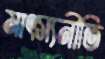
মাৎস্যনীতি